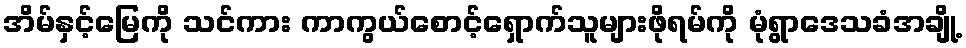
အိမ်နှင့်မြေကို သင်ကား ကာကွယ်စောင့်ရှောက်သူများဖိုရမ်ကို မုံရွာဒေသခံအချို့